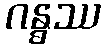
ဂန္ဓဿ